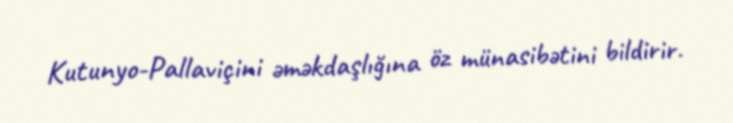
Kutunyo-Pallaviçini əməkdaşlığına öz münasibətini bildirir.